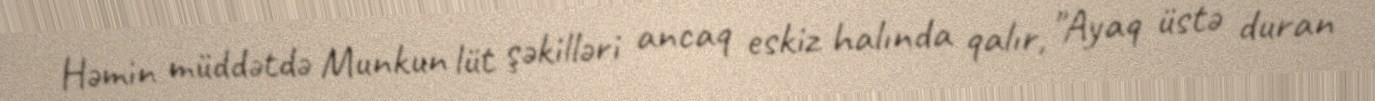
Həmin müddətdə Munkun lüt şəkilləri ancaq eskiz halında qalır, "Ayaq üstə duran